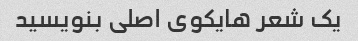
یک شعر هایکوی اصلی بنویسید